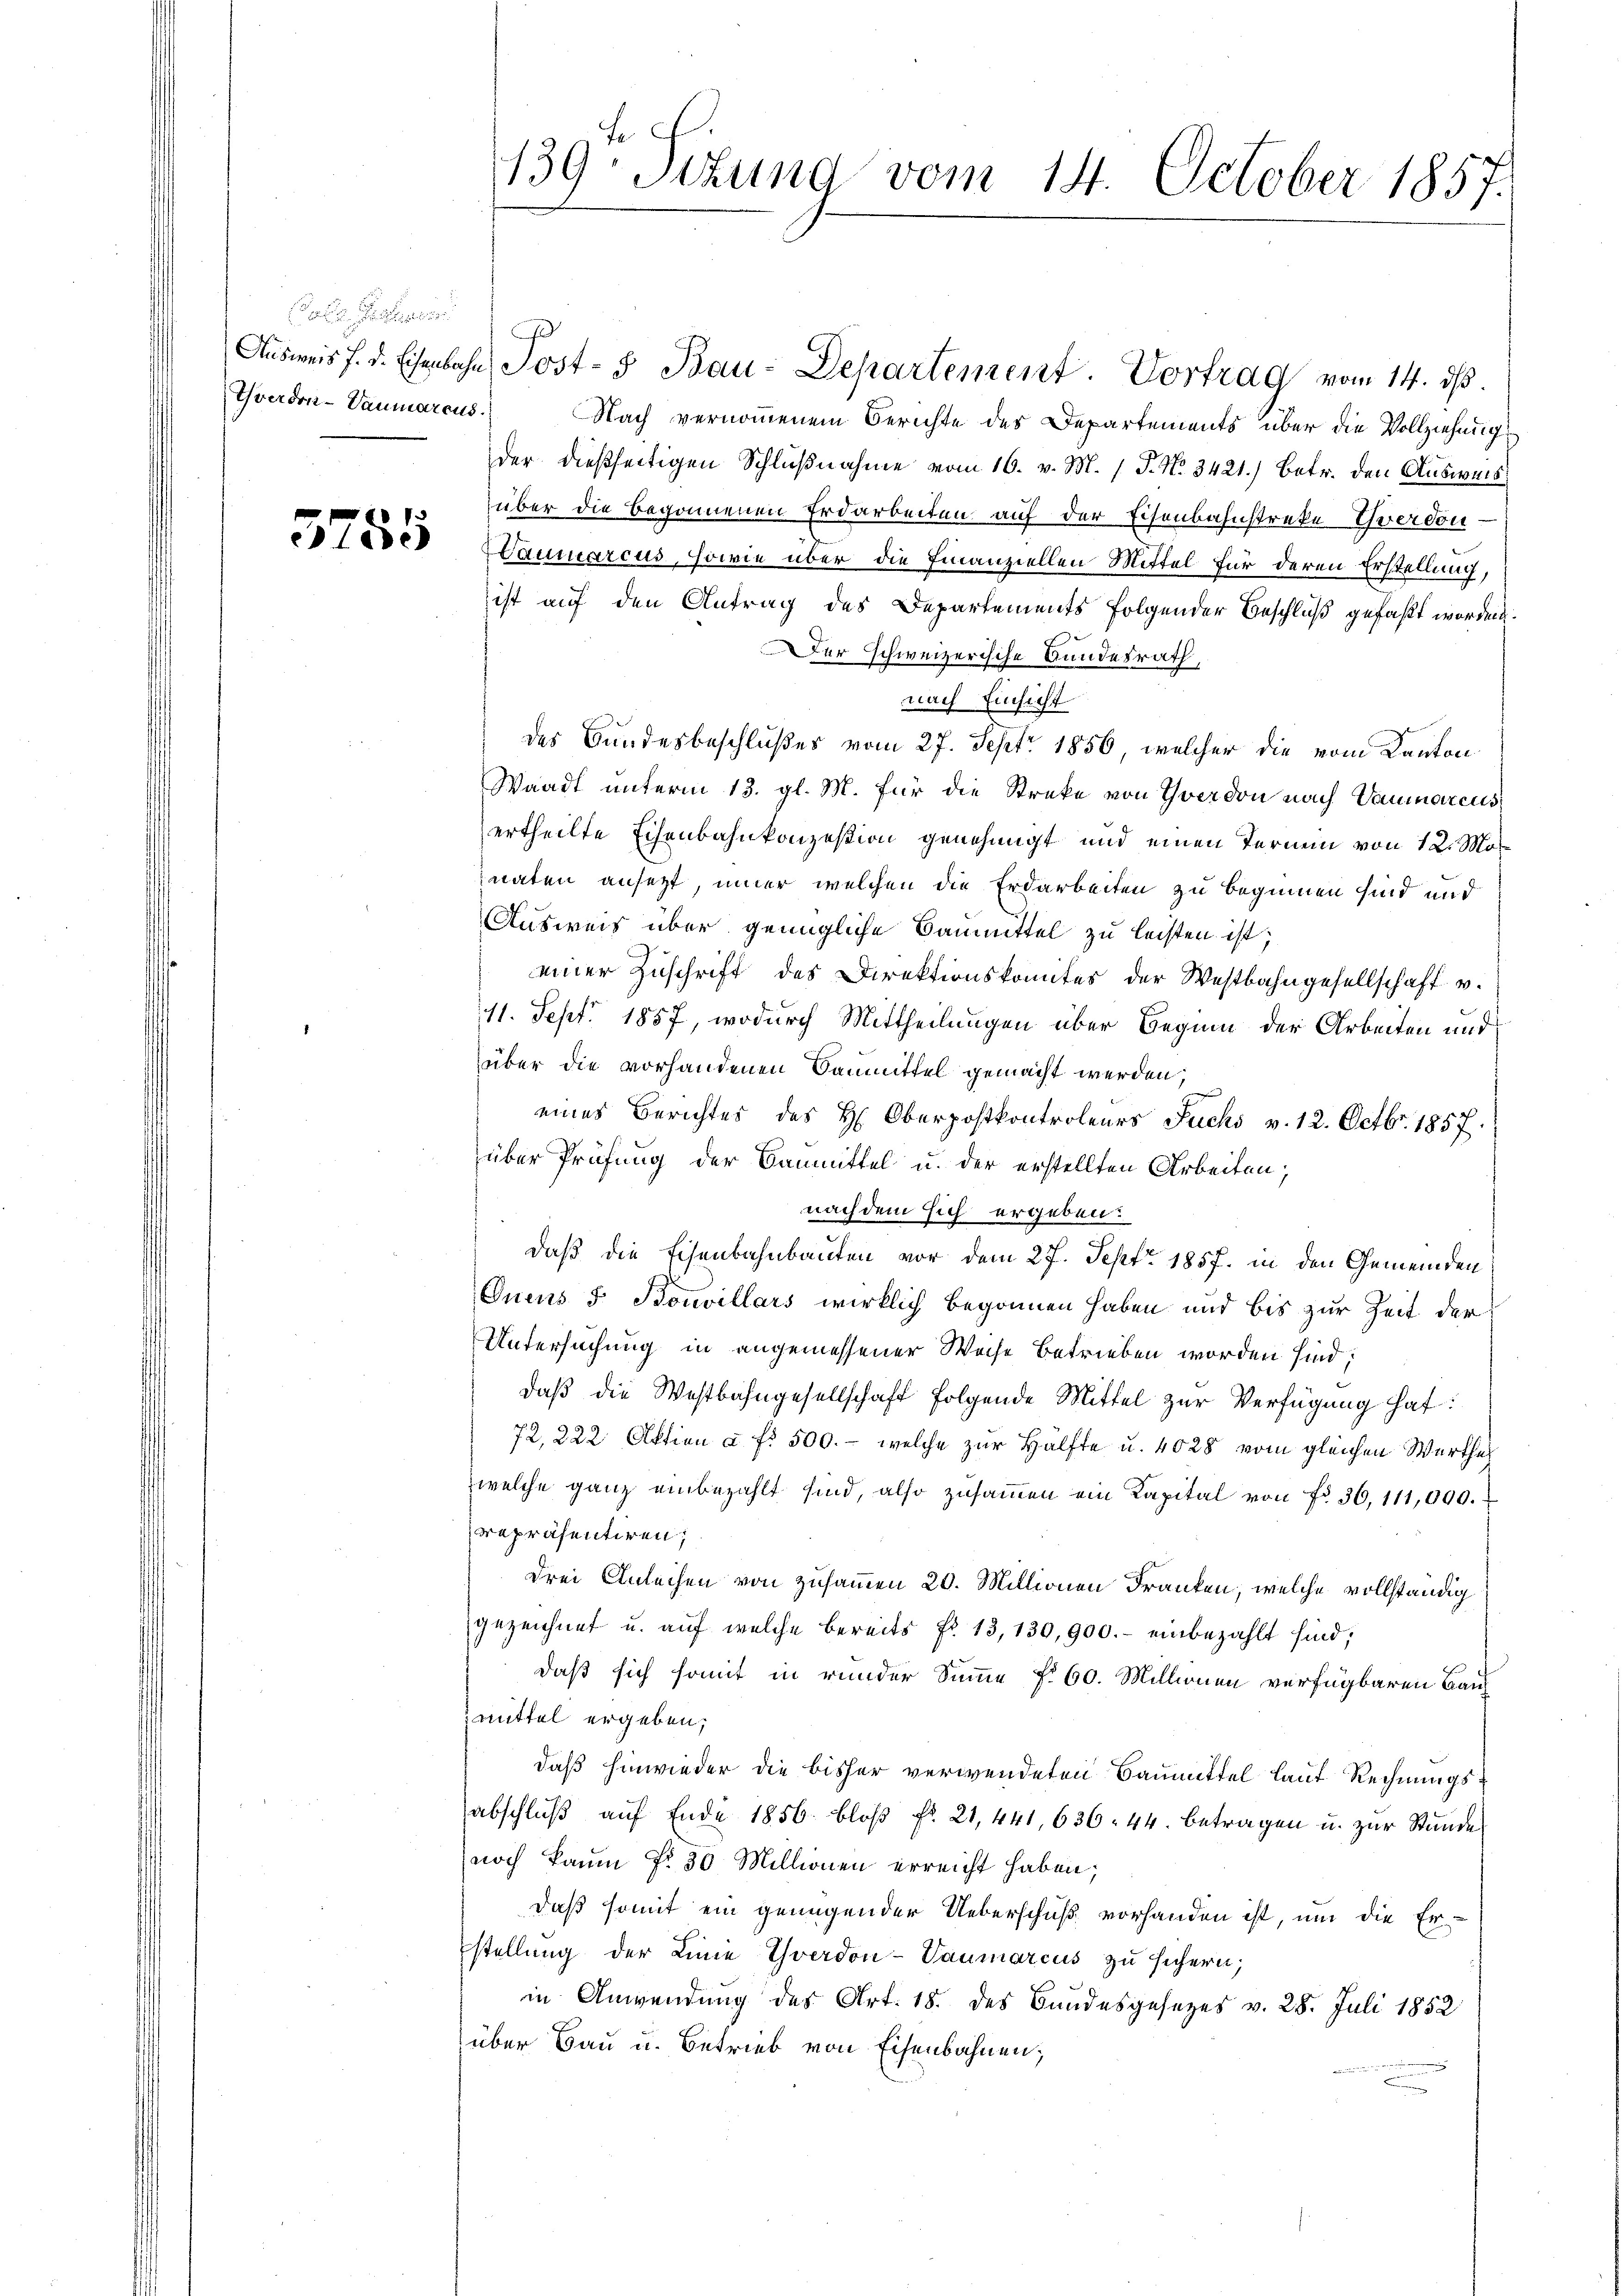
Yverdon-Vaumarcus.

Nach vernommenem Berichte des Departements über die Vollziehung
der dießseitigen Schlußnahme vom 16. v. M. 1 P. No. 3421.) Betr. den Ausweis
über die begonnenen Erdarbeiten auf der Eisenbahnstreke Yverdon
 Jede Wanmarcus, sowie über die Finanziellen Mittel für deren Erstellung,
ist auf den Antrag des Departements folgender Beschluß gefaßt worden.
Der schweizerische Bundesrath,
nach Einsicht
des Bundesbeschlußes vom 27. Sept. 1856, welcher die vom Kanton
Waadt unterm 13. gl. M. für die Streke von Yverdon nach Vaumarcus
ertheilte Eisenbahnkonzession genehmigt und einen Ternein von 12. Mornaten ansetzt, iner welchen die Erdarbeiten zu beginnen sind und
AAusweis über genügliche Baumittel zu leisten ist;
einer Zuschrift des Direktionskomites der Westbahngesellschaft v.
11. Sept. 1857, wodurch Mittheilungen über Beginn der Arbeiten und
über die vorhandenen Baummittel gemacht werden,
eines Berichtes des H. Oberpostkontroleurs Fuchs v. 12. Octbr. 1857.
über Prüfung der Banmittel u. der erstellten Arbeiten;
nachdem sich ergeben:
daß die Eisenbahnbauten vor dem 27. Sept. 1857. in den Gemeinden
Quens 5 Bouvillars wirklich begonnen haben und bis zur Zeit der
Untersuchung in angemessener Weise betrieben worden sind;
daß die Westbahngesellschaft folgende Mittel zur Verfügung hat:
72, 222 Aktion à fr. 500.- welche zur Hälfte u. 4028 vom gleichen Werther
welche ganz einbezahlt sind, also zusammen ein Kapital von fr. 36, 111,000.
rrepräsentiren;
Drei Anleihen von zusammen 20. Millionen Franken, welche vollständig
gezeichnet u. auf welche bereits fr. 13,130,900.- einbezahlt sind;
daß sich somit in runder Summe § 60. Millionen verfügbaren Baumittel ergeben,
daß hinwieder die bisher verwendeten Baumittel lauf Rechnungsabschluß auf Ende 1856 bloß No. 21, 441, 636. 44. betragen u. zur Stunde
noch kaum fr. 30 Millionen erreicht haben;
daß somit ein genügender Ueberschuß vorhanden ist, um die Er-
stellung der Linie Yverdon-Vaumarcus zu sichern;
in Anwendung des Art. 18. des Bundesgesetzes v. 28. Juli 1852
über Bau u. Betrieb von Eisenbahnen;

139. Sekund vom 14. October 1857.

Ausweis s. d. Eisenbahn Post- & Bau-Departement Vortrag vom 14. ds.